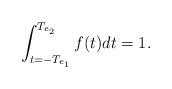
LaTeX: \begin{align*} \int_{t=-T_{e_1}}^{T_{e_2}} f(t)dt=1. \end{align*}